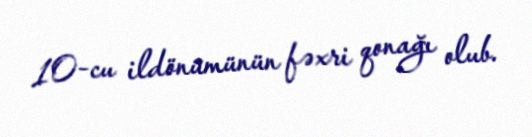
10-cu ildönümünün fəxri qonağı olub.